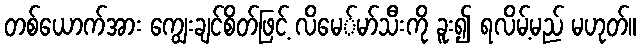
တစ်ယောက်အား ကျွေးချင်စိတ်ဖြင့် လိမေ်မာ်သီးကို ခူး၍ ရလိမ့်မည် မဟုတ်။